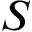
S